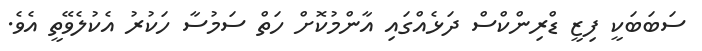
ސަބަބަކީ ފިޒީ ޑްރިންކްސް ދަޅެއްގައި އާންމުކޮށް ހަތް ސަމުސާ ހަކުރު އެކުލެވޭތީ އެވެ.